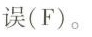
误（F）。